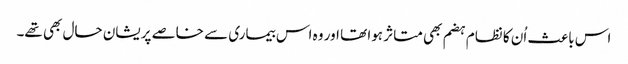
اس باعث اُن کا نظام ہضم بھی متاثر ہوا تھا اور وہ اس بیماری سے خاصے پریشان حال بھی تھے۔